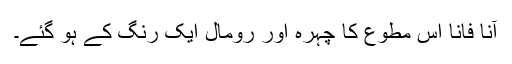
آناً فاناً اس مطوع کا چہرہ اور رومال ایک رنگ کے ہو گئے۔